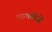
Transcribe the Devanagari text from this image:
पुरुषबीजे